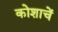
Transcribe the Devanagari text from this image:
कोशाचें